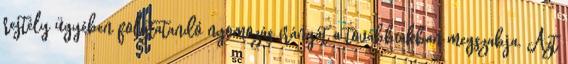
rejtély ügyében folytatandó nyomozás irányát a továbbiakban megszabja. Azt